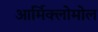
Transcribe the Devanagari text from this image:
आर्मिक्लोमोल